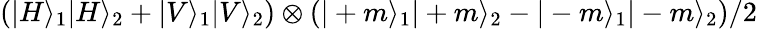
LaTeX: \left(|H\rangle_{1}|H\rangle_{2}+|V\rangle_{1}|V\rangle_{2}\right)\otimes\left(|+m\rangle_{1}|+m\rangle_{2}-|-m\rangle_{1}|-m\rangle_{2}\right)/2